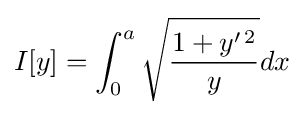
I[y]=\int _{0}^{a}{\sqrt {{1+y'^{\,2}} \over y}}dx